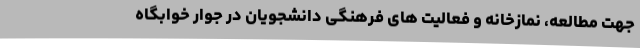
جهت مطالعه، نمازخانه و فعالیت های فرهنگی دانشجویان در جوار خوابگاه